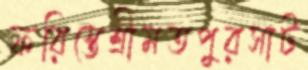
ফরিস্তেশ্রীমতপুরসাট